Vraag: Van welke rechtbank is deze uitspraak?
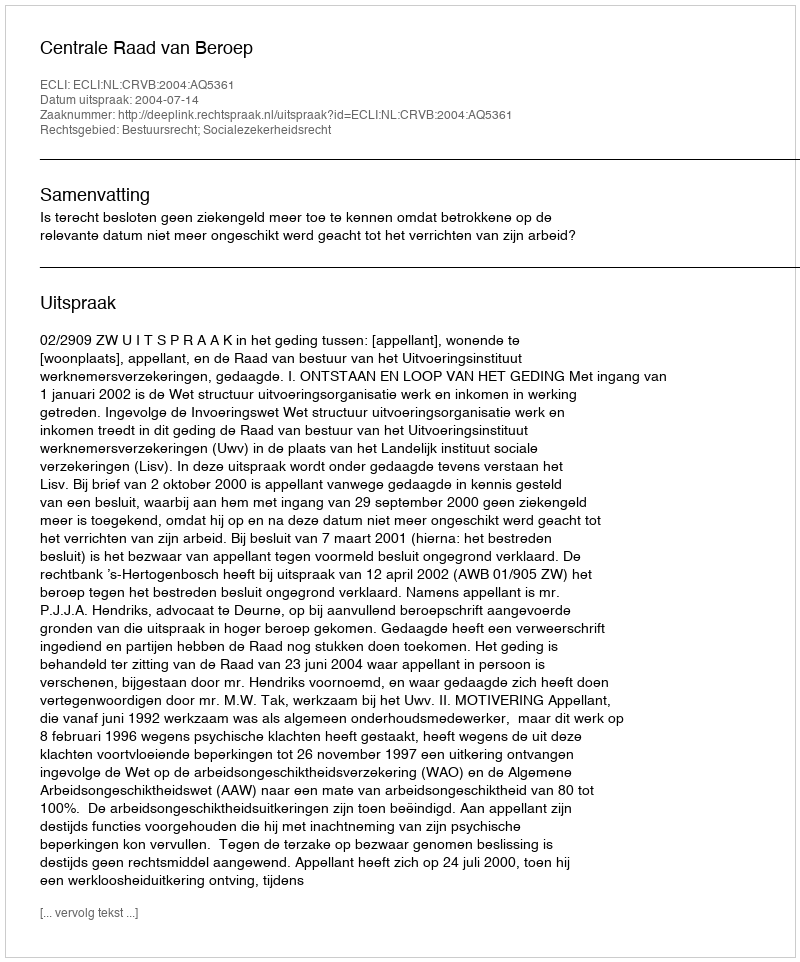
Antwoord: Centrale Raad van Beroep